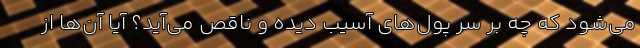
می‌شود که چه بر سر پول‌های آسیب دیده و ناقص می‌آید؟ آیا آن‌ها از